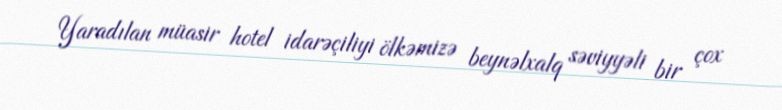
Yaradılan müasir hotel idarəçiliyi ölkəmizə beynəlxalq səviyyəli bir çox